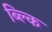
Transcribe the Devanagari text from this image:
ब्ल्कि